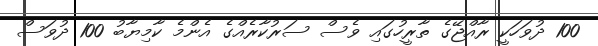
100 ދުވަހަކީ ރާއްޖޭގެ ތާރީހުގައި ވެސް ސަރުކާރެއްގެ އެންމެ ކާމިޔާބު 100 ދުވަސް